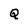
Character: Q